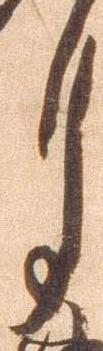
月